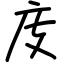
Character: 庋